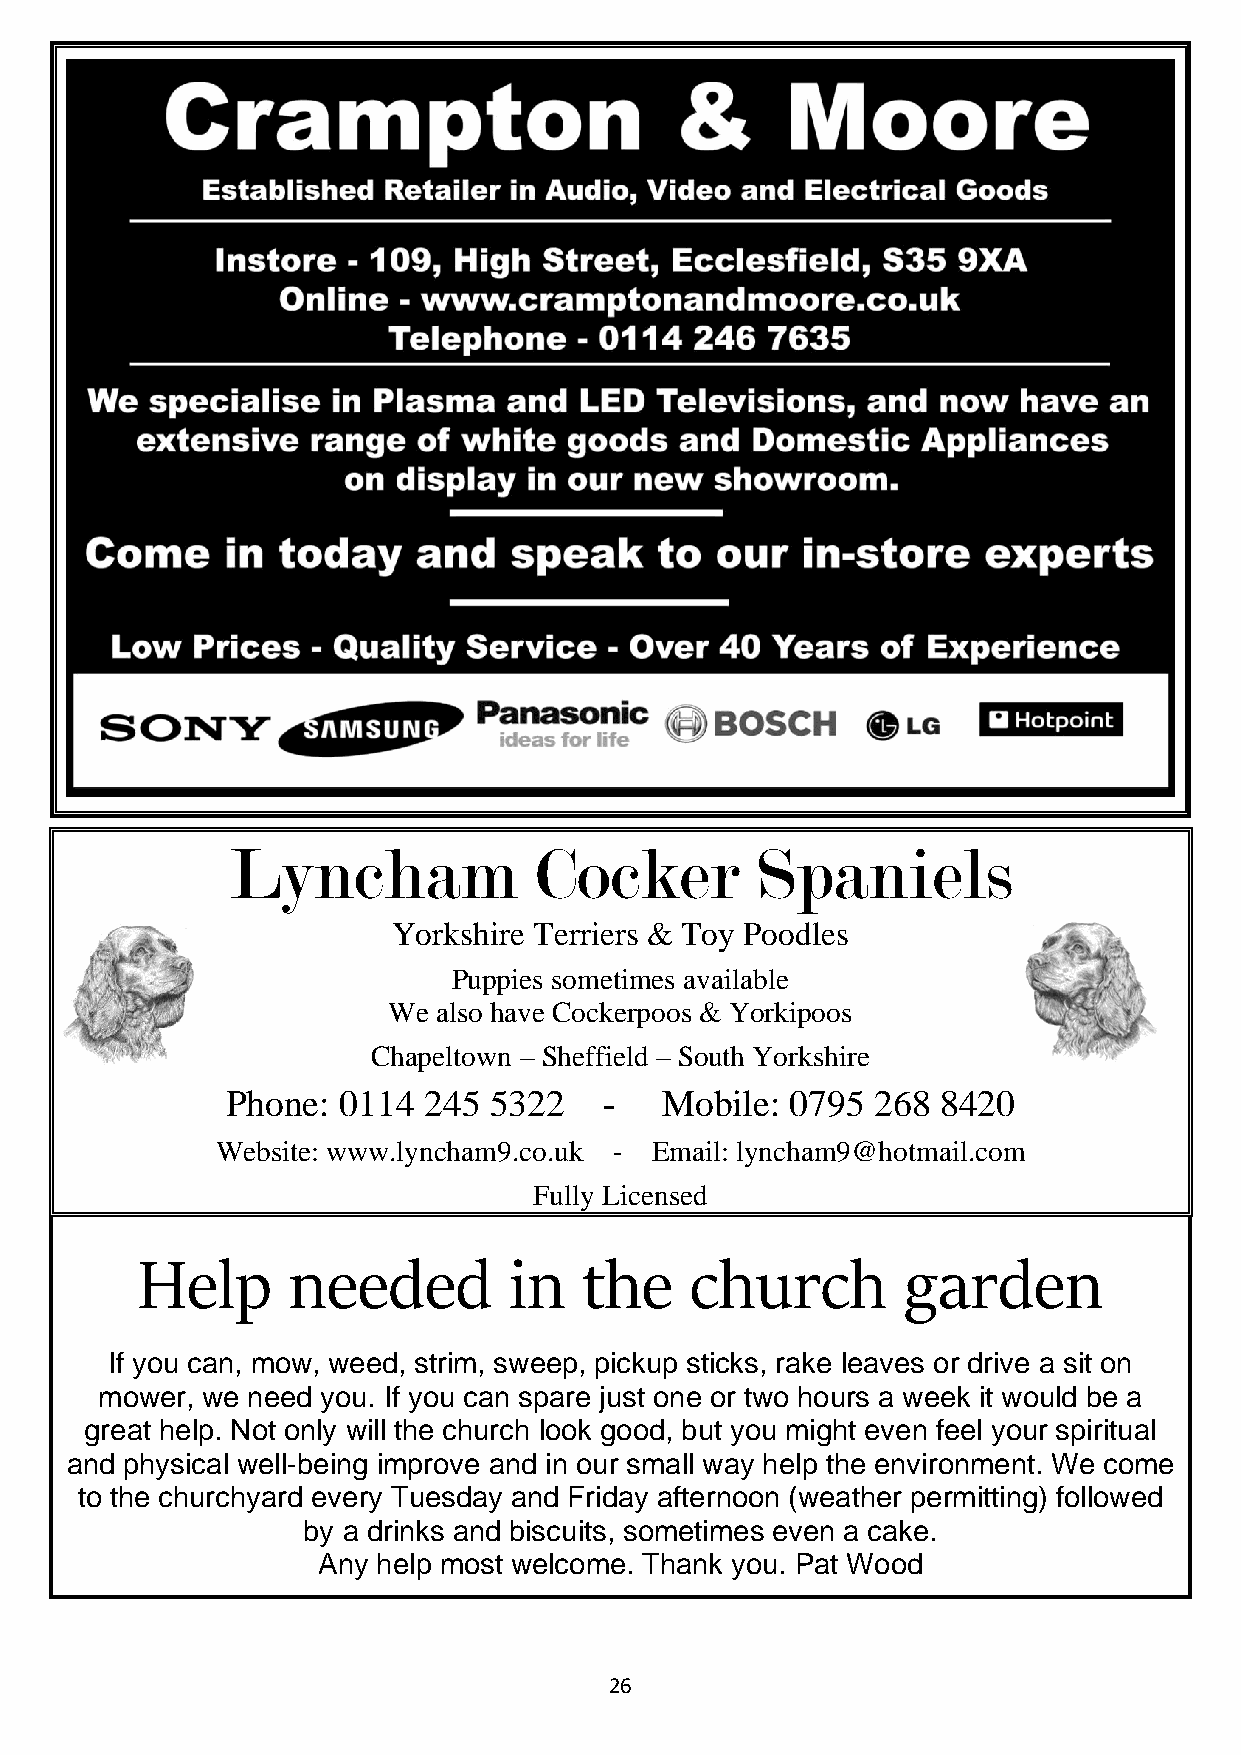
Lyncham             Cocker         Spaniels
 Yorkshire Terriers & Toy Poodles
 Puppies sometimes available
 We also have Cockerpoos & Yorkipoos
 Chapeltown – Sheffield – South Yorkshire
 Phone: 0114  245 5322    -   Mobile: 0795  268 8420
 Website: www.lyncham9.co.uk - Email: lyncham9@hotmail.com
 Fully Licensed
 Help      needed         in   the    church        garden
 If you can, mow, weed, strim, sweep, pickup sticks, rake leaves or drive a sit on
 mower, we need you. If you can spare just one or two hours a week it would be a
 great help. Not only will the church look good, but you might even feel your spiritual
 and physical well-being improve and in our small way help the environment. We come
 to the churchyard every Tuesday and Friday afternoon (weather permitting) followed
 by a drinks and biscuits, sometimes even a cake.
 Any help most welcome. Thank you. Pat Wood
 26